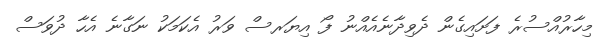
މިހާރުއްސުރެ ފަށައިގެން ދެވިދާނެއެއްނު ފޯ އިޔަރސް ވަރު އެކަމަކު ނަގާނެ އެހާ ދުވަސް